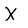
Character: X